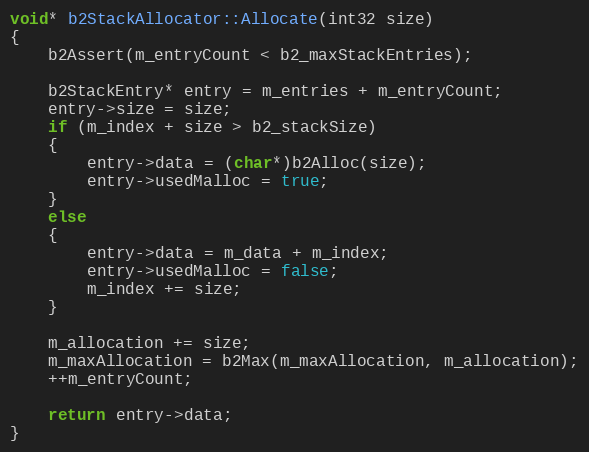
Language: C++
void* b2StackAllocator::Allocate(int32 size)
{
	b2Assert(m_entryCount < b2_maxStackEntries);

	b2StackEntry* entry = m_entries + m_entryCount;
	entry->size = size;
	if (m_index + size > b2_stackSize)
	{
		entry->data = (char*)b2Alloc(size);
		entry->usedMalloc = true;
	}
	else
	{
		entry->data = m_data + m_index;
		entry->usedMalloc = false;
		m_index += size;
	}

	m_allocation += size;
	m_maxAllocation = b2Max(m_maxAllocation, m_allocation);
	++m_entryCount;

	return entry->data;
}